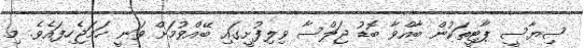
ސިޔާސީ ޕާޓީތަކުން ބާއްވާ ބޮޑު ޖަލްސާ ވިލިފުށީގައި ބޭއްވުމަށް ވަނީ ހަމަޖެހިފައެވެ. މި